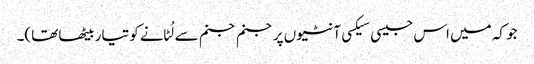
جو کہ میں اس جیسی سیکسی آنٹیوں پر جنم جنم سے لُٹانے کو تیار بیٹھا تھا)۔